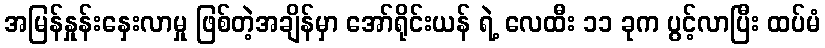
အမြန်နှုန်းနှေးလာမှု ဖြစ်တဲ့အချိန်မှာ အော်ရိုင်းယန် ရဲ့ လေထီး ၁၁ ခုက ပွင့်လာပြီး ထပ်မံ